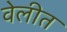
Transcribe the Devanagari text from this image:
वेलीत